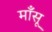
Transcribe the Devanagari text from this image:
माँसू